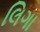
લિગા